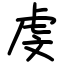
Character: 虔